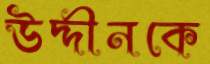
উদ্দীনকে